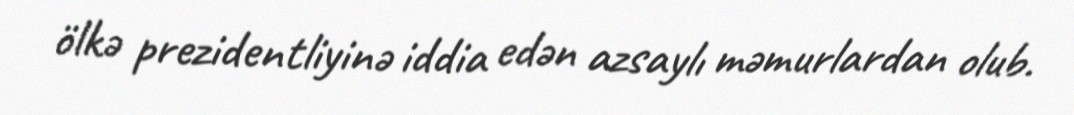
ölkə prezidentliyinə iddia edən azsaylı məmurlardan olub.